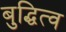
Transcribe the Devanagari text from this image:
बुद्धित्व